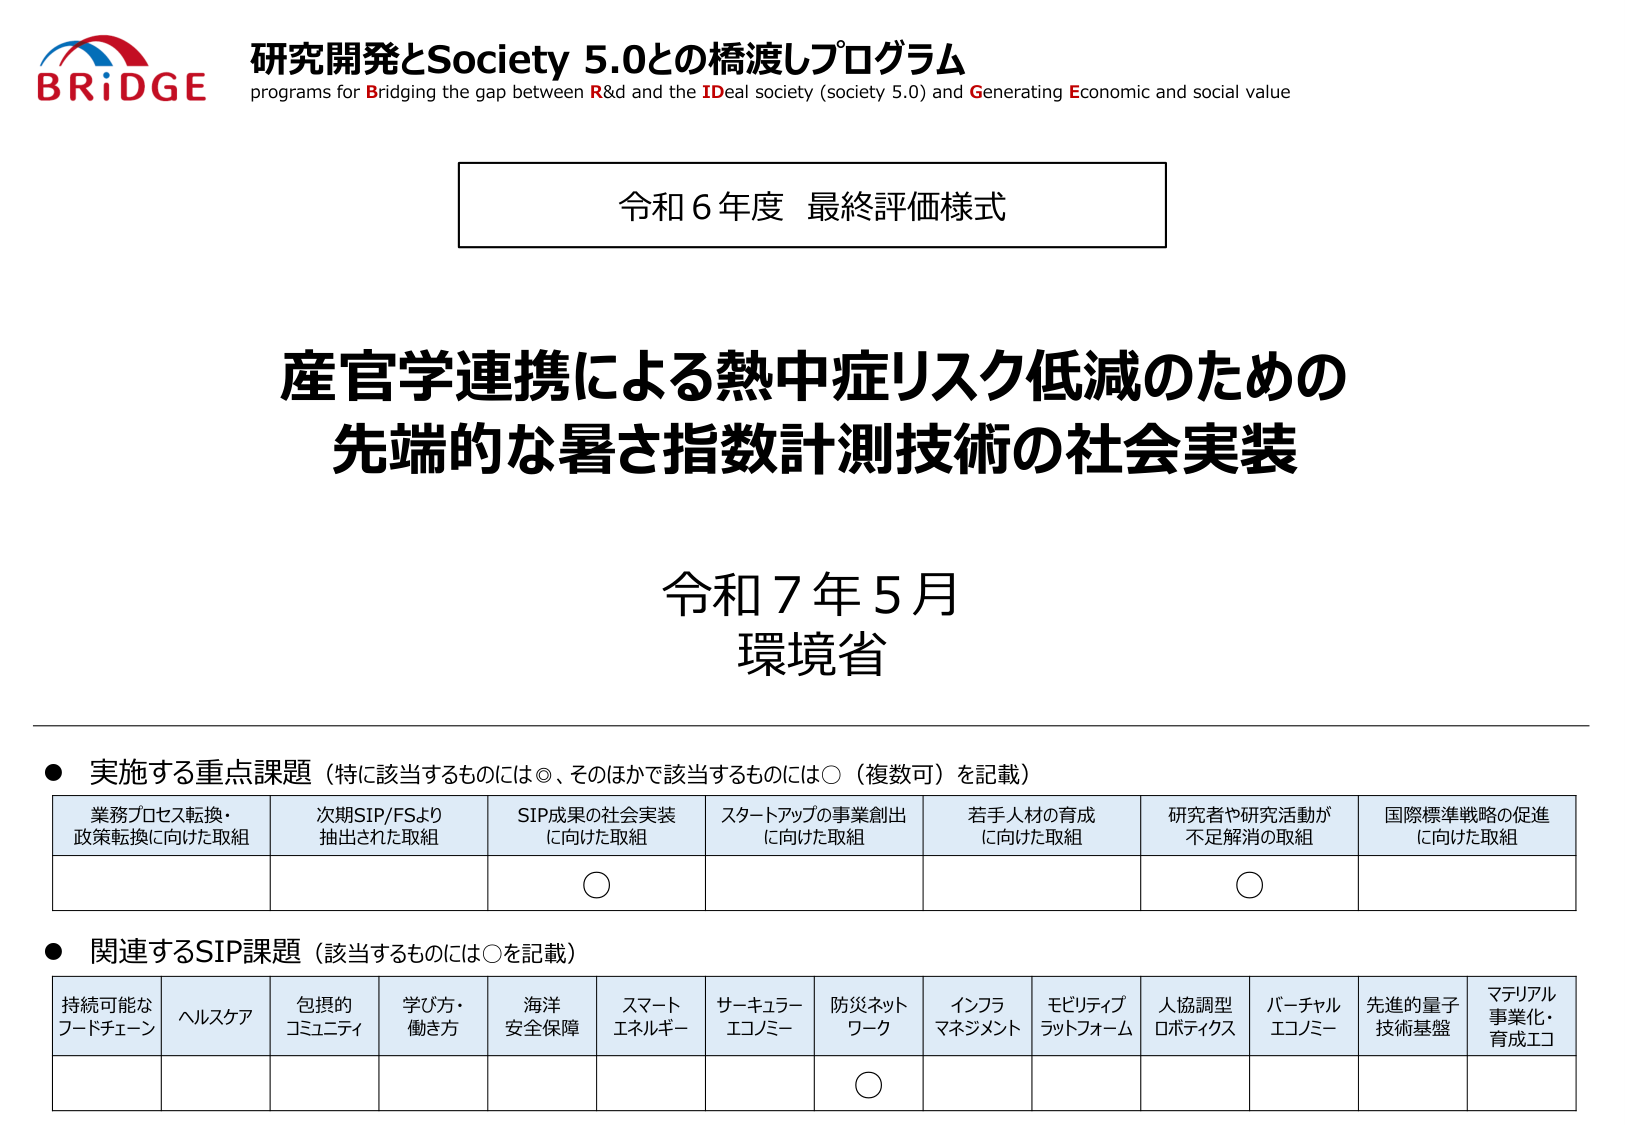
BRIDGE
研究開発とSociety 5.0との橋渡しプログラム
programs for Bridging the gap between R&d and the IDeal society (society 5.0) and Generating Economic and social value

令和6年度 最終評価様式

産官学連携による熱中症リスク低減のための
先端的な暑さ指数計測技術の社会実装

令和7年5月
環境省

● 実施する重点課題（特に該当するものには◎、そのほかで該当するものには○（複数可）を記載）
業務プロセス転換・政策転換に向けた取組
次期SIP/FSより抽出された取組
SIP成果の社会実装に向けた取組
スタートアップの事業創出に向けた取組
若手人材の育成に向けた取組
研究者や研究活動が不足解消の取組
国際標準戦略の促進に向けた取組

○
○

● 関連するSIP課題（該当するものには○を記載）
持続可能なフードチェーン
ヘルスケア
包摂的コミュニティ
学び方・働き方
海洋安全保障
スマートエネルギー
サーキュラーエコノミー
防災ネットワーク
インフラマネジメント
モビリティプラットフォーム
人協調型ロボティクス
バーチャルエコノミー
先進的量子技術基盤
マテリアル事業化・育成エコ

○